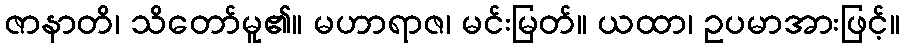
ဇာနာတိ၊ သိတော်မူ၏။ မဟာရာဇ၊ မင်းမြတ်။ ယထာ၊ ဥပမာအားဖြင့်။